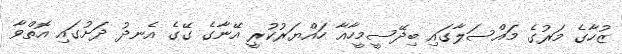
ޒުހާގެ މަރުގެ މައްސަލާގައި ބިދޭސީމީހާއާ ހައްޔަރުކުރީ އޭނާގެ ގޭގެ އެނދު ދަށުގައި އޮތްވާ